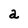
Character: a